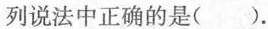
列说法中正确的是( ).